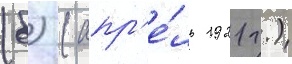
(б) (апр'е́ль 1921 г.)